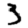
Digit: 3